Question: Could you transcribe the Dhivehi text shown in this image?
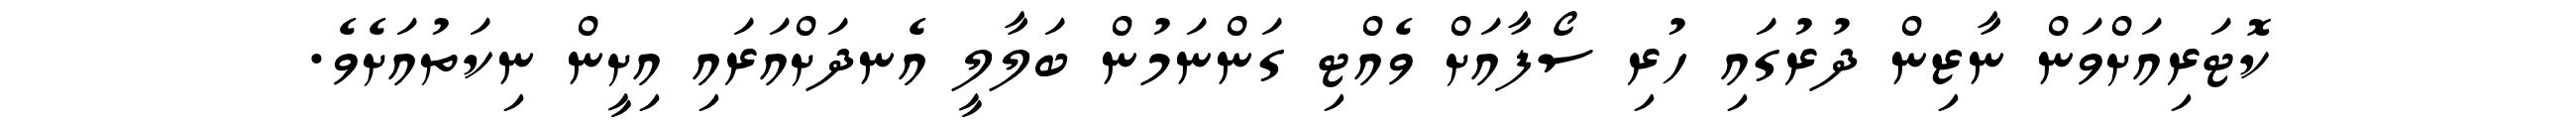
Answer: ކޮޓަރިއަށްވަން ނާޒިން ދުރުގައި ހުރި ސޯފާއަށް ވެއްޓި ގަންނަމުން ބަލާލީ އެނދަށްއަރައި އިށީން ނިކަތުއަށެވެ.